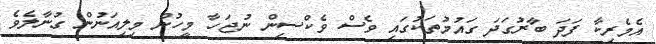
އެމެރިކާ ފަދަ ބާރުގަދަ ގައުމުތަކުގައި ވެސް ވެކްސިން ނުޖަހާ މީހުން މިލިއަނުން ގުނާލެވެ